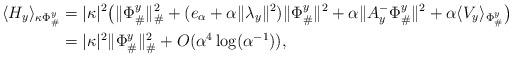
LaTeX: \begin{align*}\langle H_y\rangle_{\kappa \Phi_{\#}^y} &= |\kappa|^2 \big( \|\Phi_{\#}^y\|_{\#}^2 + (e_{\alpha}+ \alpha \|\lambda_y\|^2 )\|\Phi_{\#}^y\|^2 +\alpha \|A^-_y \Phi_{\#}^y\|^2 + \alpha \langle V_y\rangle_{ \Phi_{\#}^y}\big) \\&= |\kappa|^2 \|\Phi_{\#}^y\|_{\#}^2 + O(\alpha^4\log(\alpha^{-1})), \end{align*}